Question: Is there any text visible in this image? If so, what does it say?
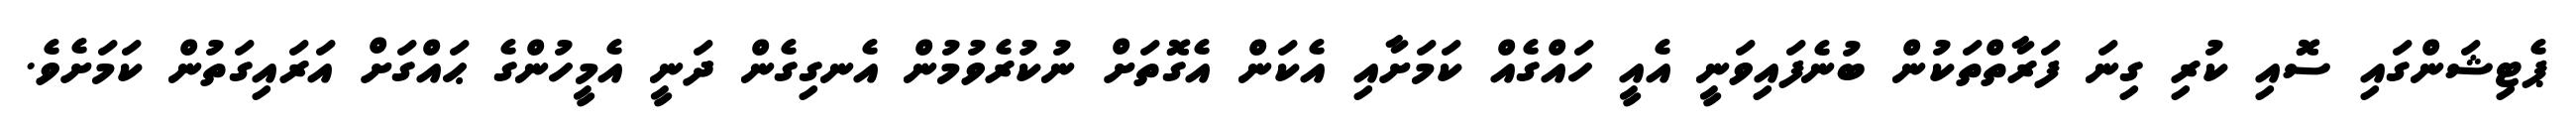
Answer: ޕެޓިޝަންގައި ސޮއި ކުރި ގިނަ ފަރާތްތަކުން ބުނެފައިވަނީ އެއީ ހައްގެއް ކަމަށާއި އެކަން އެގޮތަށް ނުކުރެވުމުން އެނގިގެން ދަނީ އެމީހުންގެ ޙައްގަށް އަރައިގަތުން ކަމަށެވެ.